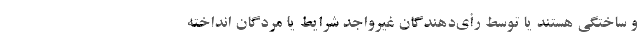
و ساختگی هستند یا توسط رأی‌دهندگان غیرواجد شرایط یا مُردگان انداخته